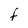
Character: F